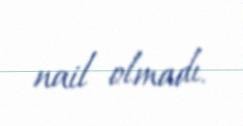
nail olmadı.